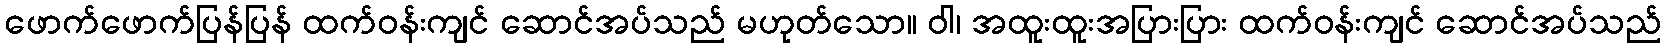
ဖောက်ဖောက်ပြန်ပြန် ထက်ဝန်းကျင် ဆောင်အပ်သည် မဟုတ်သော။ ဝါ၊ အထူးထူးအပြားပြား ထက်ဝန်းကျင် ဆောင်အပ်သည်